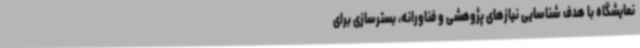
نمایشگاه با هدف شناسایی نیازهای پژوهشی و فناورانه، بسترسازی برای